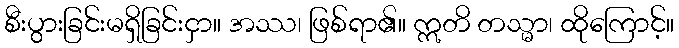
စီးပွားခြင်းမရှိခြင်းငှာ။ အဿ၊ ဖြစ်ရာ၏။ ဣတိ တသ္မာ၊ ထိုကြောင့်။